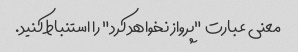
معنی عبارت "پرواز نخواهد کرد" را استنباط کنید.